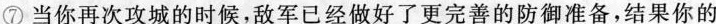
⑦当你再次攻城的时候，敌军已经做好了更完善的防御准备，结果你的